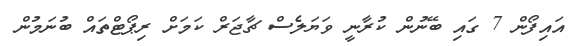
އައިފޯން 7 ގައި ބޭނުން ކުރާނީ ވަޔަލެސް ޗާޖަރް ކަމަށް ރިޕޯޓްތައް ބުނަމުން